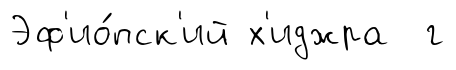
Эф'ио́пск'ий х'иджра г